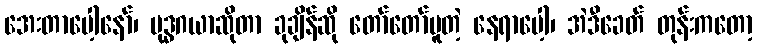
အေးတာပေါ့နော်၊ ဗုဒ္ဓဂယာဆိုတာ ခုချိန်ဆို တော်တော်ပူတဲ့ နေရာပေါ့၊ အဲဒီခေတ် တုန်းကတော့